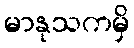
မာနုသကမှိ